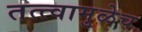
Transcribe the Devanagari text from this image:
तत्त्वामुळेच